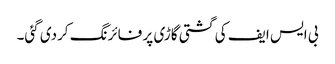
بی ایس ایف کی گشتی گاڑی پر فائرنگ کردی گئی۔